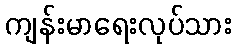
ကျန်းမာရေးလုပ်သား